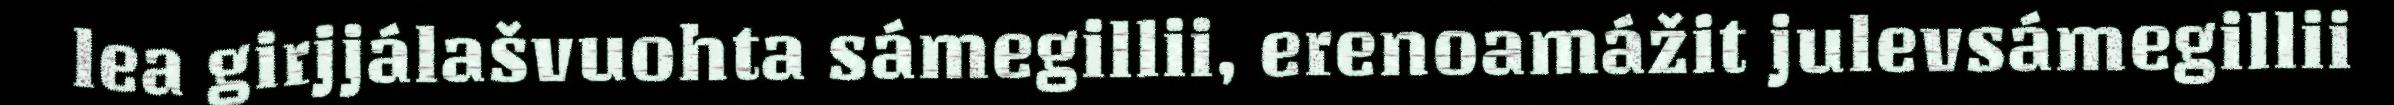
lea girjjálašvuohta sámegillii, erenoamážit julevsámegillii